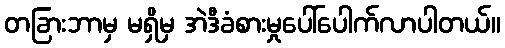
တခြားဘာမှ မရှိမှ အဲဒီခံစားမှုပေါ်ပေါက်လာပါတယ်။